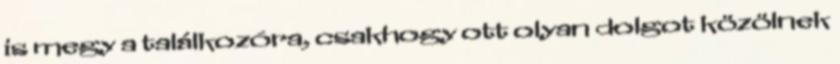
is megy a találkozóra, csakhogy ott olyan dolgot közölnek